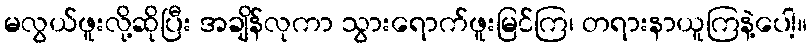
မလွယ်ဖူးလို့ဆိုပြီး အချိန်လုကာ သွားရောက်ဖူးမြင်ကြ၊ တရားနာယူကြနဲ့ပေါ့။